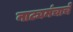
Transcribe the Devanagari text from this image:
नाट्यमंचाचे